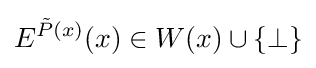
E^{{\tilde {P}}(x)}(x)\in W(x)\cup \{\bot \}